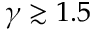
\gamma \gtrsim 1 . 5